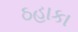
ઠહાકા